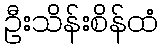
ဦးသိန်းစိန်ထံ